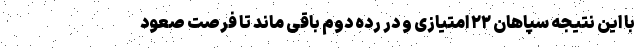
با این نتیجه سپاهان ۲۲ امتیازی و در رده دوم باقی ماند تا فرصت صعود